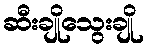
ဆီးချိုသွေးချို